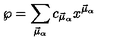
{ \wp } = \sum _ { \vec { \mu } _ { \alpha } } c _ { \vec { \mu } _ { \alpha } } x ^ { \vec { \mu } _ { \alpha } }